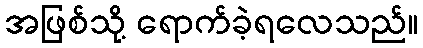
အဖြစ်သို့ ရောက်ခဲ့ရလေသည်။